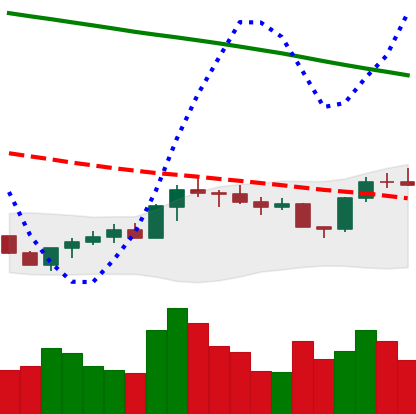
Ticker: BTC-USD
Chart end date: 2022-07-30
Forward return: -4.334%
Label: down_3_5